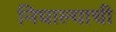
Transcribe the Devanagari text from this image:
निघाल्याची